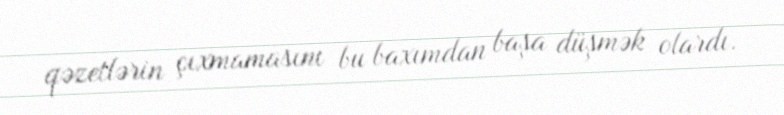
qəzetlərin çıxmamasını bu baxımdan başa düşmək olardı.